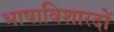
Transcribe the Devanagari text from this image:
भाषाविशारदों